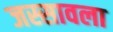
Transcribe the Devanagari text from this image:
जस्सावला